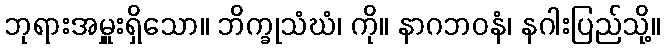
ဘုရားအမှူးရှိသော။ ဘိက္ခုသံဃံ၊ ကို။ နာဂဘဝနံ၊ နဂါးပြည်သို့။